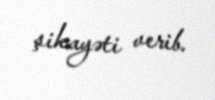
şikayəti verib.